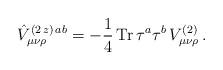
LaTeX: \begin{align*}\hat{V}_{\mu\nu\rho}^{(2\,z)\,ab}=-\frac{1}{4}\, {\rm Tr} \,\tau^a\tau^b\,V_{\mu\nu\rho}^{(2)}\, .\end{align*}